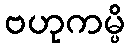
ဗဟုကမ္ပိ